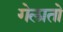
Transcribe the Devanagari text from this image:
गेलातो